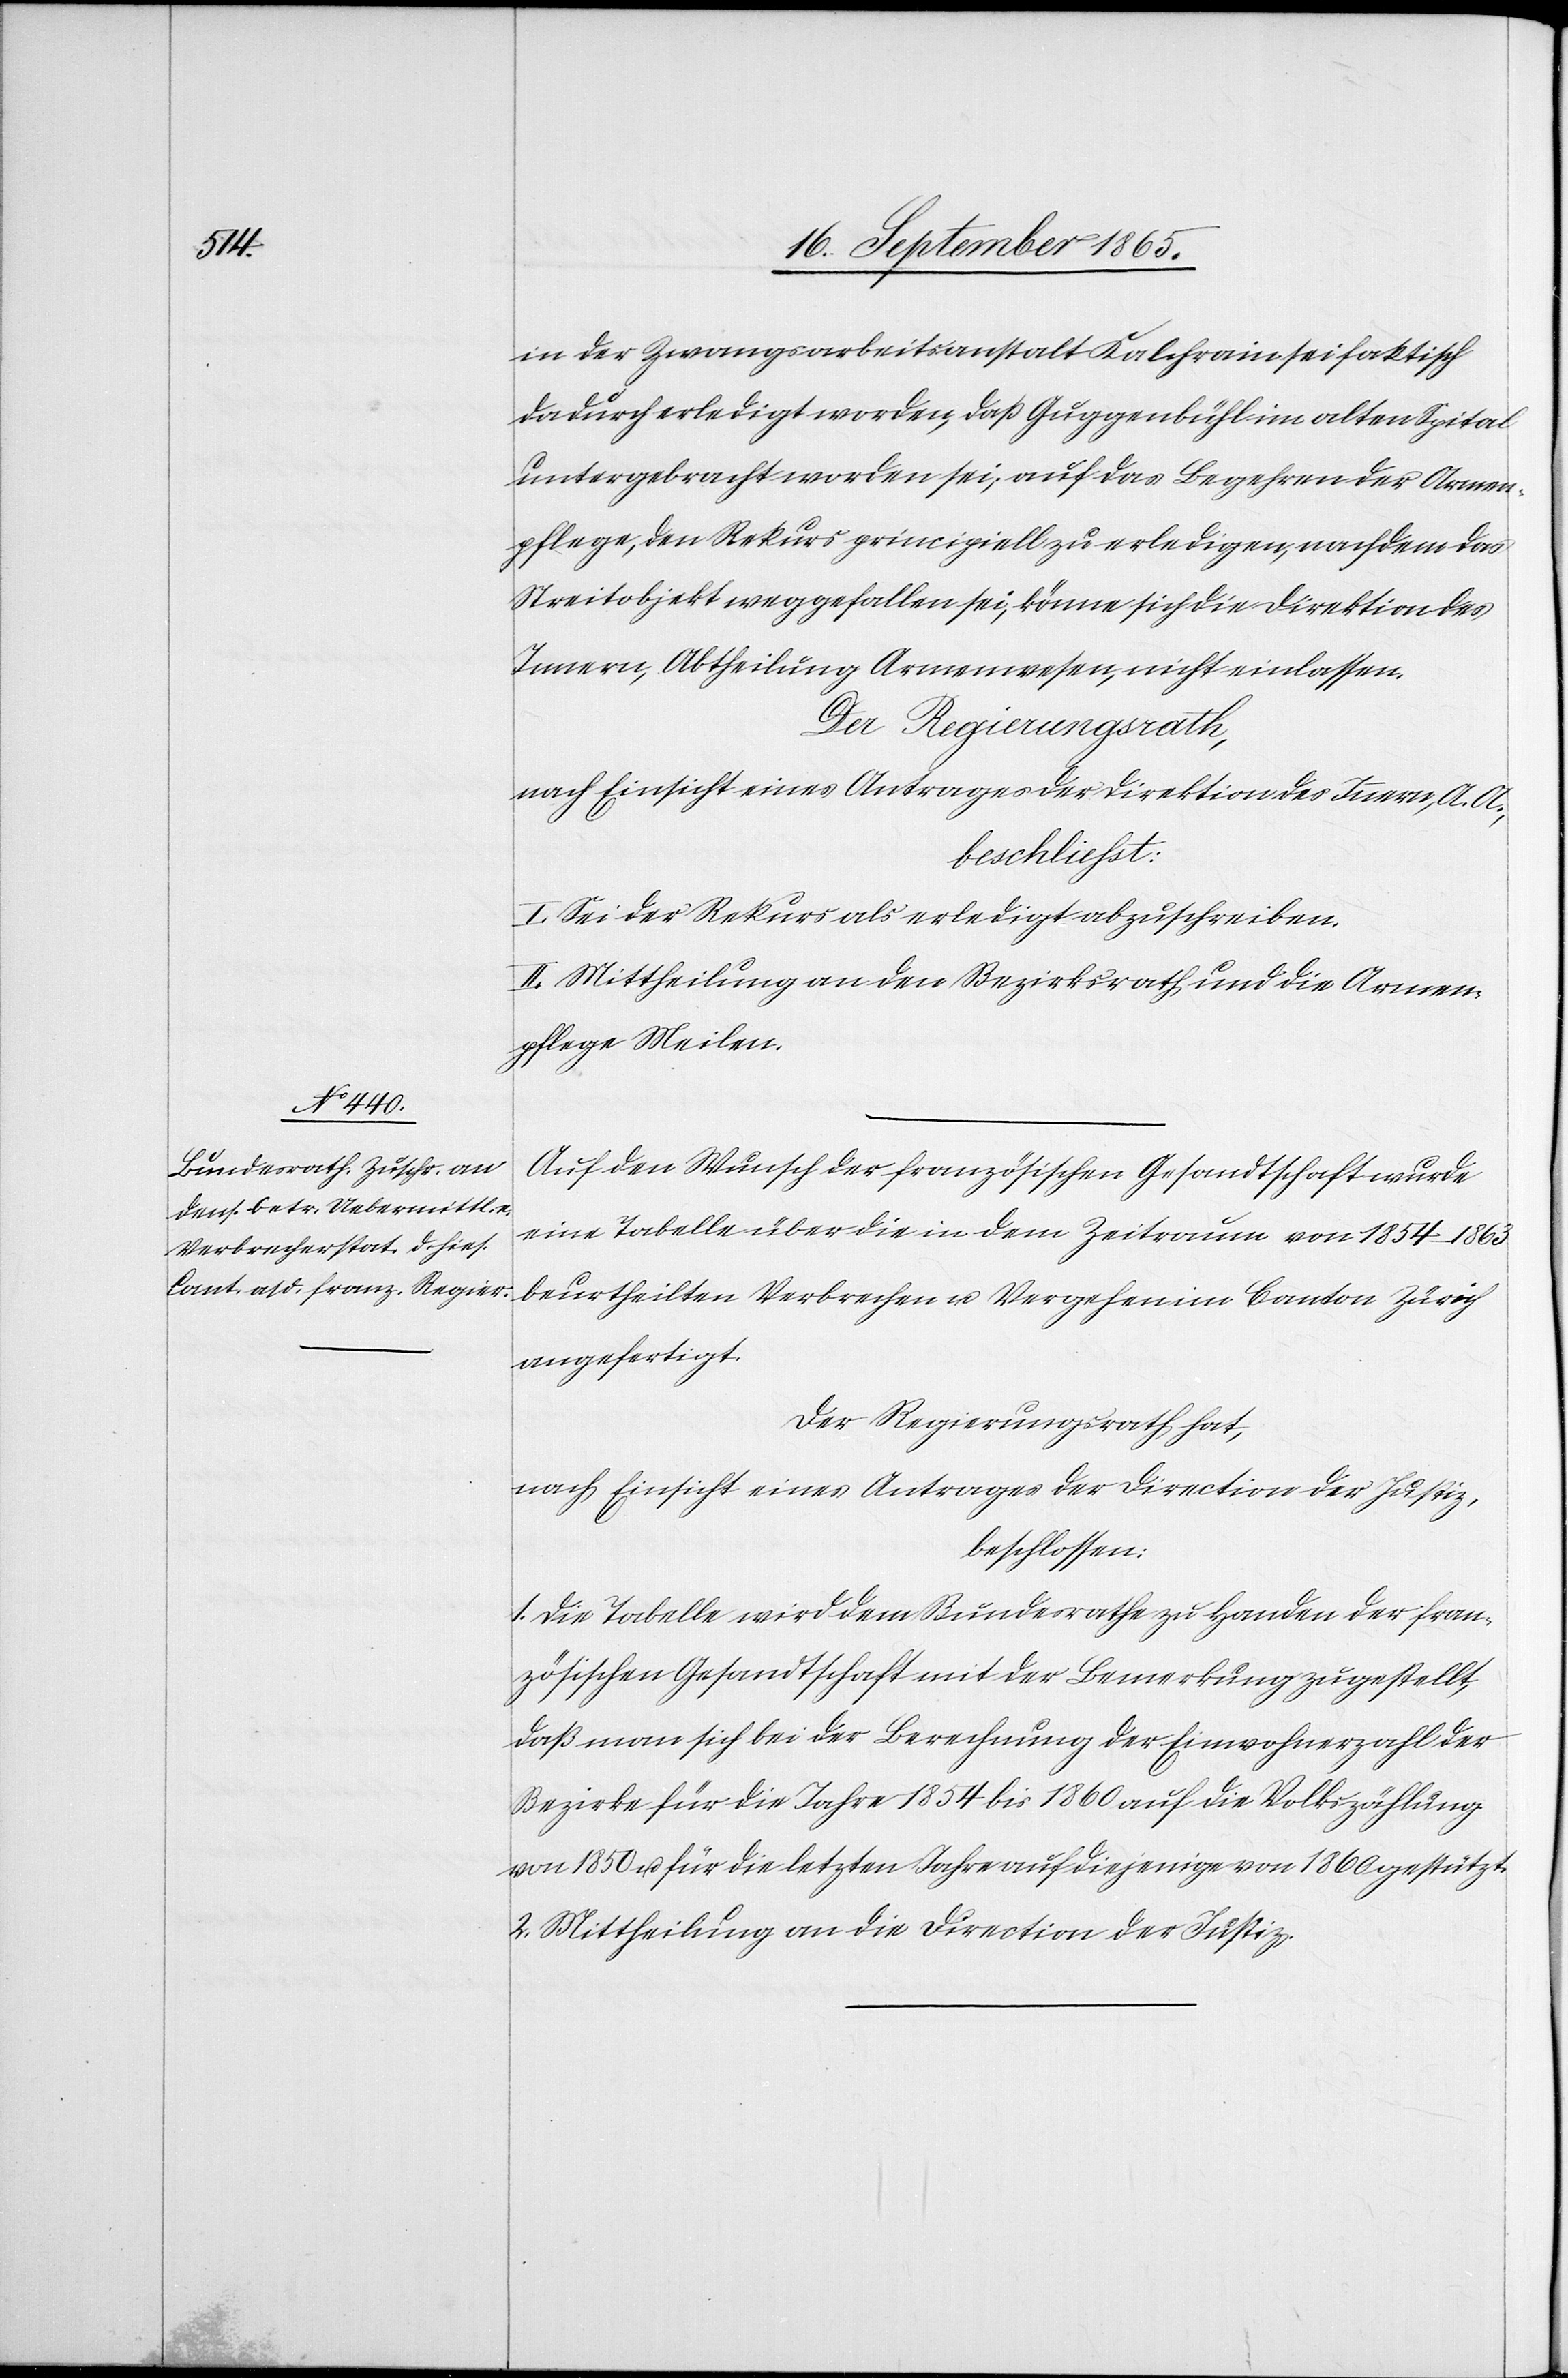
in der Zwangsarbeitsanstalt Kalchrain sei faktisch
dadurch erledigt worden, daß Guggenbühl im alten Spital
untergebracht worden sei; auf das Begehren der Armen¬
pflege, den Rekurs principiell zu erledigen, nachdem das
Streitobjekt weggefallen sei, könne sich die Direktion des
Innern, Abtheilung Armenwesen, nicht einlassen.
Der Regierungsrath,
nach Einsicht eines Antrages der Direktion des Innern, A. A.,
beschliesst:
I. Sei der Rekurs als erledigt abzuschreiben.
II. Mittheilung an den Bezirksrath und die Armen¬
pflege Meilen.
Auf den Wunsch der französischen Gesandtschaft wurde
eine Tabelle über die in dem Zeitraum von 1854–1863
beurtheilten Verbrechen u. Vergehen im Canton Zürich
angefertigt.
Der Regierungsrath hat,
nach Einsicht eines Antrages der Direction der Justiz,
beschlossen:
1. Die Tabelle wird dem Bundesrathe zu Handen der fran¬
zösischen Gesandtschaft mit der Bemerkung zugestellt,
daß man sich bei der Berechnung der Einwohnerzahl der
Bezirke für die Jahre 1854 bis 1860 auf die Volkszählung
von 1850 u. für die letzten Jahre auf diejenige von 1860 gestützt.
2. Mittheilung an die Direction der Justiz.